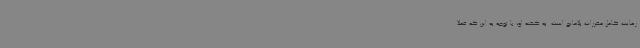
رعایت کامل مقررات بلامانع است. به گفته او، با توجه به این که فعلا